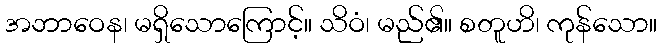
အဘာဝေန၊ မရှိသောကြောင့်။ သိဝံ၊ မည်၏။ စတူဟိ၊ ကုန်သော။